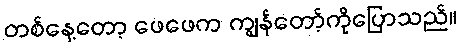
တစ်နေ့တော့ ဖေဖေက ကျွန်တော့်ကိုပြောသည်။